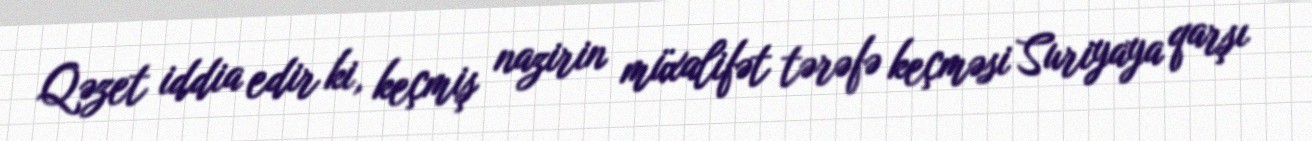
Qəzet iddia edir ki, keçmiş nazirin müxalifət tərəfə keçməsi Suriyaya qarşı